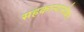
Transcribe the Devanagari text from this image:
सहकाऱ्यासोबत